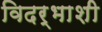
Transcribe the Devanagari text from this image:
विदर्भाशी